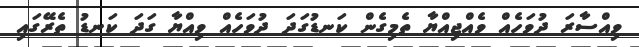
ވިއްސާރަ ދުވަހެއް ވެއްޖިއްޔާ ތެމިގެން ކަނޑުގަދަ ދުވަހެއް ވިއްޔާ ގަދަ ކަނޑު ތެރޭގައި